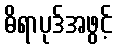
ဓိရာပုဒ်အဖွင့်